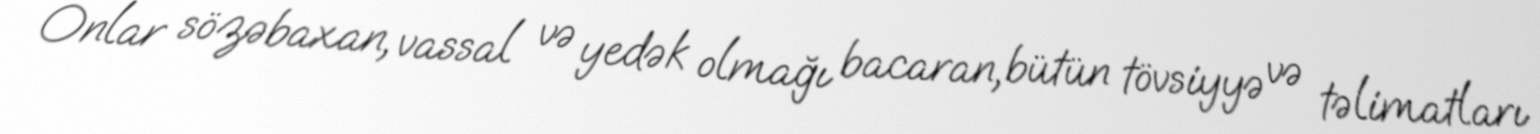
Onlar sözəbaxan, vassal və yedək olmağı bacaran, bütün tövsiyyə və təlimatları